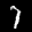
Label: 7